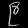
Digit: ၉